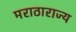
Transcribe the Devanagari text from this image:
मराठाराज्य